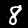
Label: 8